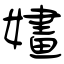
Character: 嫿